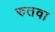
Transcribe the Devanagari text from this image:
रुतवा